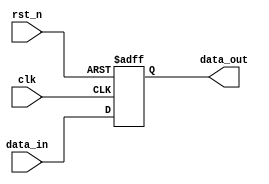
module ParameterizedRegister #(
    parameter WIDTH = 8  // Default width of the register
)(
    input wire clk,       // Clock signal
    input wire rst_n,     // Active-low asynchronous reset
    input wire [WIDTH-1:0] data_in, // Input data
    output reg [WIDTH-1:0] data_out  // Output data
);

// Always block triggered on the clock edge
always @(posedge clk or negedge rst_n) begin
    if (!rst_n) begin
        // Asynchronous reset: clear the register
        data_out <= {WIDTH{1'b0}}; // Set to zero
    end else begin
        // Capture input data on the rising edge of the clock
        data_out <= data_in;
    end
end

endmodule